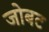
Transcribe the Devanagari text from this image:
जोबट